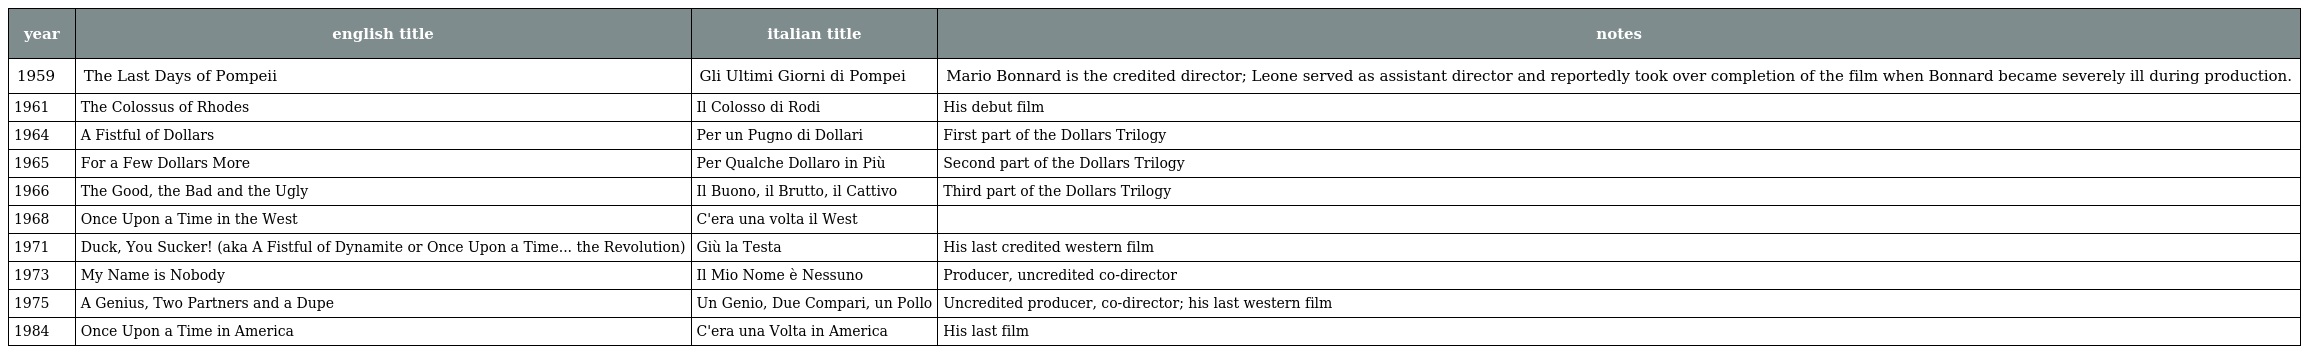
| year | english title | italian title | notes |
 | --- | --- | --- | --- |
 | 1959 | The Last Days of Pompeii | Gli Ultimi Giorni di Pompei | Mario Bonnard is the credited director; Leone served as assistant director and reportedly took over completion of the film when Bonnard became severely ill during production. |
 | 1961 | The Colossus of Rhodes | Il Colosso di Rodi | His debut film |
 | 1964 | A Fistful of Dollars | Per un Pugno di Dollari | First part of the Dollars Trilogy |
 | 1965 | For a Few Dollars More | Per Qualche Dollaro in Più | Second part of the Dollars Trilogy |
 | 1966 | The Good, the Bad and the Ugly | Il Buono, il Brutto, il Cattivo | Third part of the Dollars Trilogy |
 | 1968 | Once Upon a Time in the West | C'era una volta il West |  |
 | 1971 | Duck, You Sucker! (aka A Fistful of Dynamite or Once Upon a Time... the Revolution) | Giù la Testa | His last credited western film |
 | 1973 | My Name is Nobody | Il Mio Nome è Nessuno | Producer, uncredited co-director |
 | 1975 | A Genius, Two Partners and a Dupe | Un Genio, Due Compari, un Pollo | Uncredited producer, co-director; his last western film |
 | 1984 | Once Upon a Time in America | C'era una Volta in America | His last film |